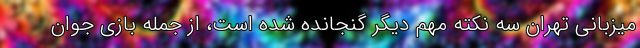
میزبانی تهران سه نکته مهم دیگر گنجانده شده است، از جمله بازی جوان